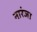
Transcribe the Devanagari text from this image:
नारंजा